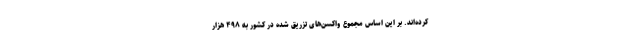
کرده‌اند. بر این اساس مجموع واکسن‌های تزریق شده در کشور به ۴۹۸ هزار